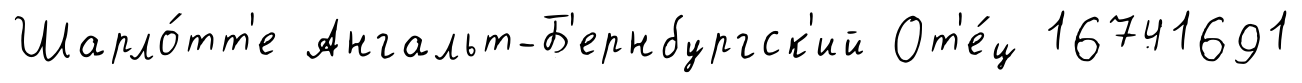
Шарло́тт'е Ангальт-Б'ернбургск'ий От'е́ц 16741691